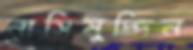
নাসিমুদ্দিন